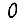
Digit: 0